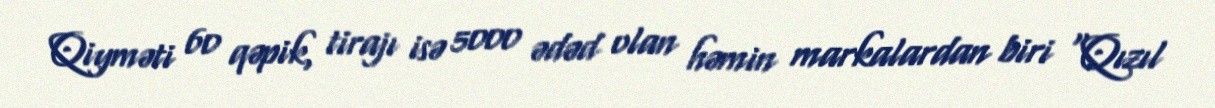
Qiyməti 60 qəpik, tirajı isə 5000 ədəd olan həmin markalardan biri "Qızıl